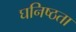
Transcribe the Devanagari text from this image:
घनिष्‍ठता